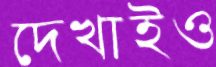
দেখাইও